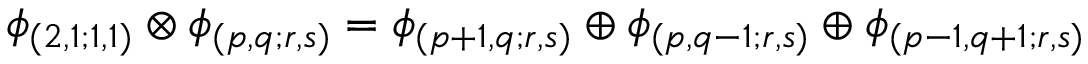
\phi _ { ( 2 , 1 ; 1 , 1 ) } \otimes \phi _ { ( p , q ; r , s ) } = \phi _ { ( p + 1 , q ; r , s ) } \oplus \phi _ { ( p , q - 1 ; r , s ) } \oplus \phi _ { ( p - 1 , q + 1 ; r , s ) }